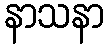
နာသနာ